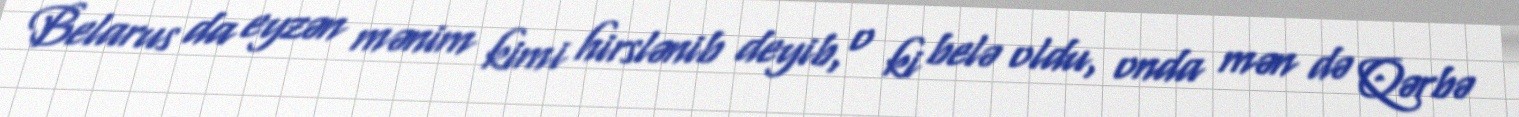
Belarus da eyzən mənim kimi hirslənib deyib, o ki belə oldu, onda mən də Qərbə